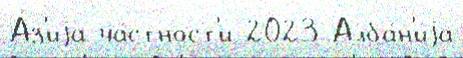
А́з'иjа ча́стност'и 2023 Алба́н'иjа